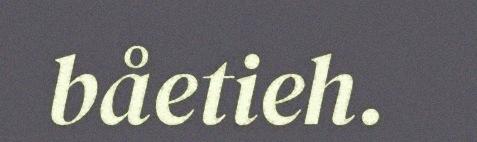
båetieh.